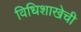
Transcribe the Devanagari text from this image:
विधिशाखेची